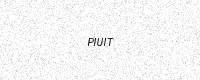
Text: PIUIT